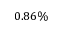
0 . 8 6 \%